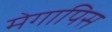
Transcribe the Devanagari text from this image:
मेगापिस